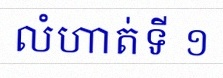
លំហាត់ទី ១